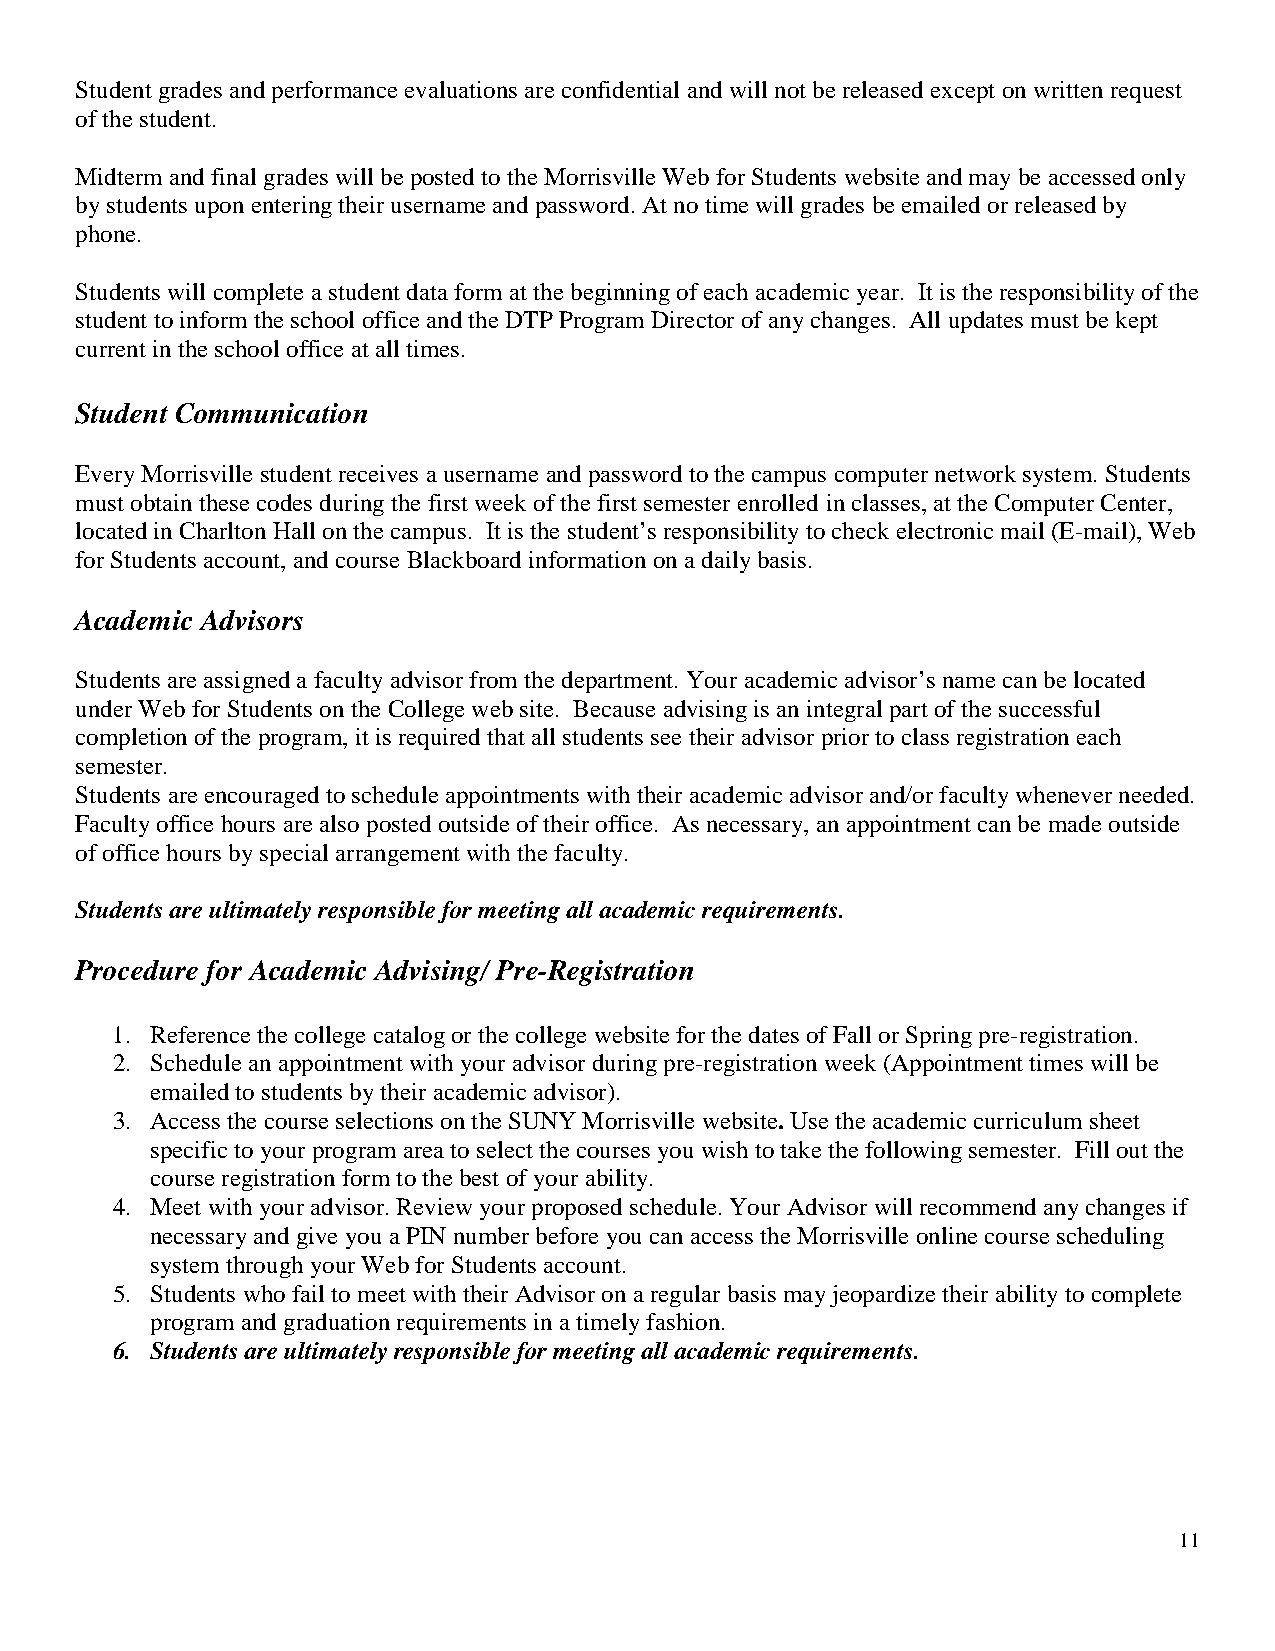
Student grades and performance evaluations are confidential and will not be released except on written request
 of the student.
 Midterm and final grades will be posted to the Morrisville Web for Students website and may be accessed only
 by students upon entering their username and password. At no time will grades be emailed or released by
 phone.
 Students will complete a student data form at the beginning of each academic year. It is the responsibility of the
 student to inform the school office and the DTP Program Director of any changes. All updates must be kept
 current in the school office at all times.
 Student Communication
 Every Morrisville student receives a username and password to the campus computer network system. Students
 must obtain these codes during the first week of the first semester enrolled in classes, at the Computer Center,
 located in Charlton Hall on the campus. It is the student’s responsibility to check electronic mail (E-mail), Web
 for Students account, and course Blackboard information on a daily basis.
 Academic Advisors
 Students are assigned a faculty advisor from the department. Your academic advisor’s name can be located
 under Web for Students on the College web site. Because advising is an integral part of the successful
 completion of the program, it is required that all students see their advisor prior to class registration each
 semester.
 Students are encouraged to schedule appointments with their academic advisor and/or faculty whenever needed.
 Faculty office hours are also posted outside of their office. As necessary, an appointment can be made outside
 of office hours by special arrangement with the faculty.
 Students are ultimately responsible for meeting all academic requirements.
 Procedure for Academic Advising/ Pre-Registration
 1. Reference the college catalog or the college website for the dates of Fall or Spring pre-registration.
 2. Schedule an appointment with your advisor during pre-registration week (Appointment times will be
 emailed to students by their academic advisor).
 3. Access the course selections on the SUNY Morrisville website. Use the academic curriculum sheet
 specific to your program area to select the courses you wish to take the following semester. Fill out the
 course registration form to the best of your ability.
 4. Meet with your advisor. Review your proposed schedule. Your Advisor will recommend any changes if
 necessary and give you a PIN number before you can access the Morrisville online course scheduling
 system through your Web for Students account.
 5. Students who fail to meet with their Advisor on a regular basis may jeopardize their ability to complete
 program and graduation requirements in a timely fashion.
 6. Students are ultimately responsible for meeting all academic requirements.
 11